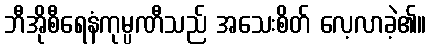
ဘီအိုစီရေနံကုမ္ပဏီသည် အသေးစိတ် လေ့လာခဲ့၏။